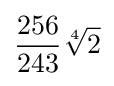
{\frac {256}{243}}{\sqrt[{4}]{2}}